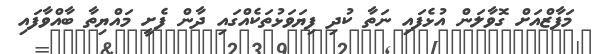
މަފާޒްއަށް ގޮވާލަން އުޅެފައި ނަތާ ކުދި ފިޔަވަޅުތަކެއްގައި ދާން ފެށީ މައްޔިތާ ބާއްވާފައި